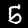
Digit: 5